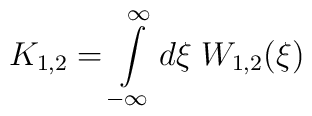
K_{1,2}=\int\limits_{-\infty}^\infty d\xi\; W_{1,2}(\xi) \nonumber